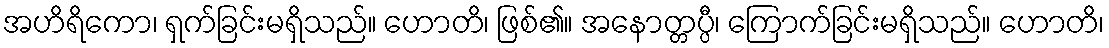
အဟိရိကော၊ ရှက်ခြင်းမရှိသည်။ ဟောတိ၊ ဖြစ်၏။ အနောတ္တပ္ပီ၊ ကြောက်ခြင်းမရှိသည်။ ဟောတိ၊